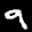
Label: 9